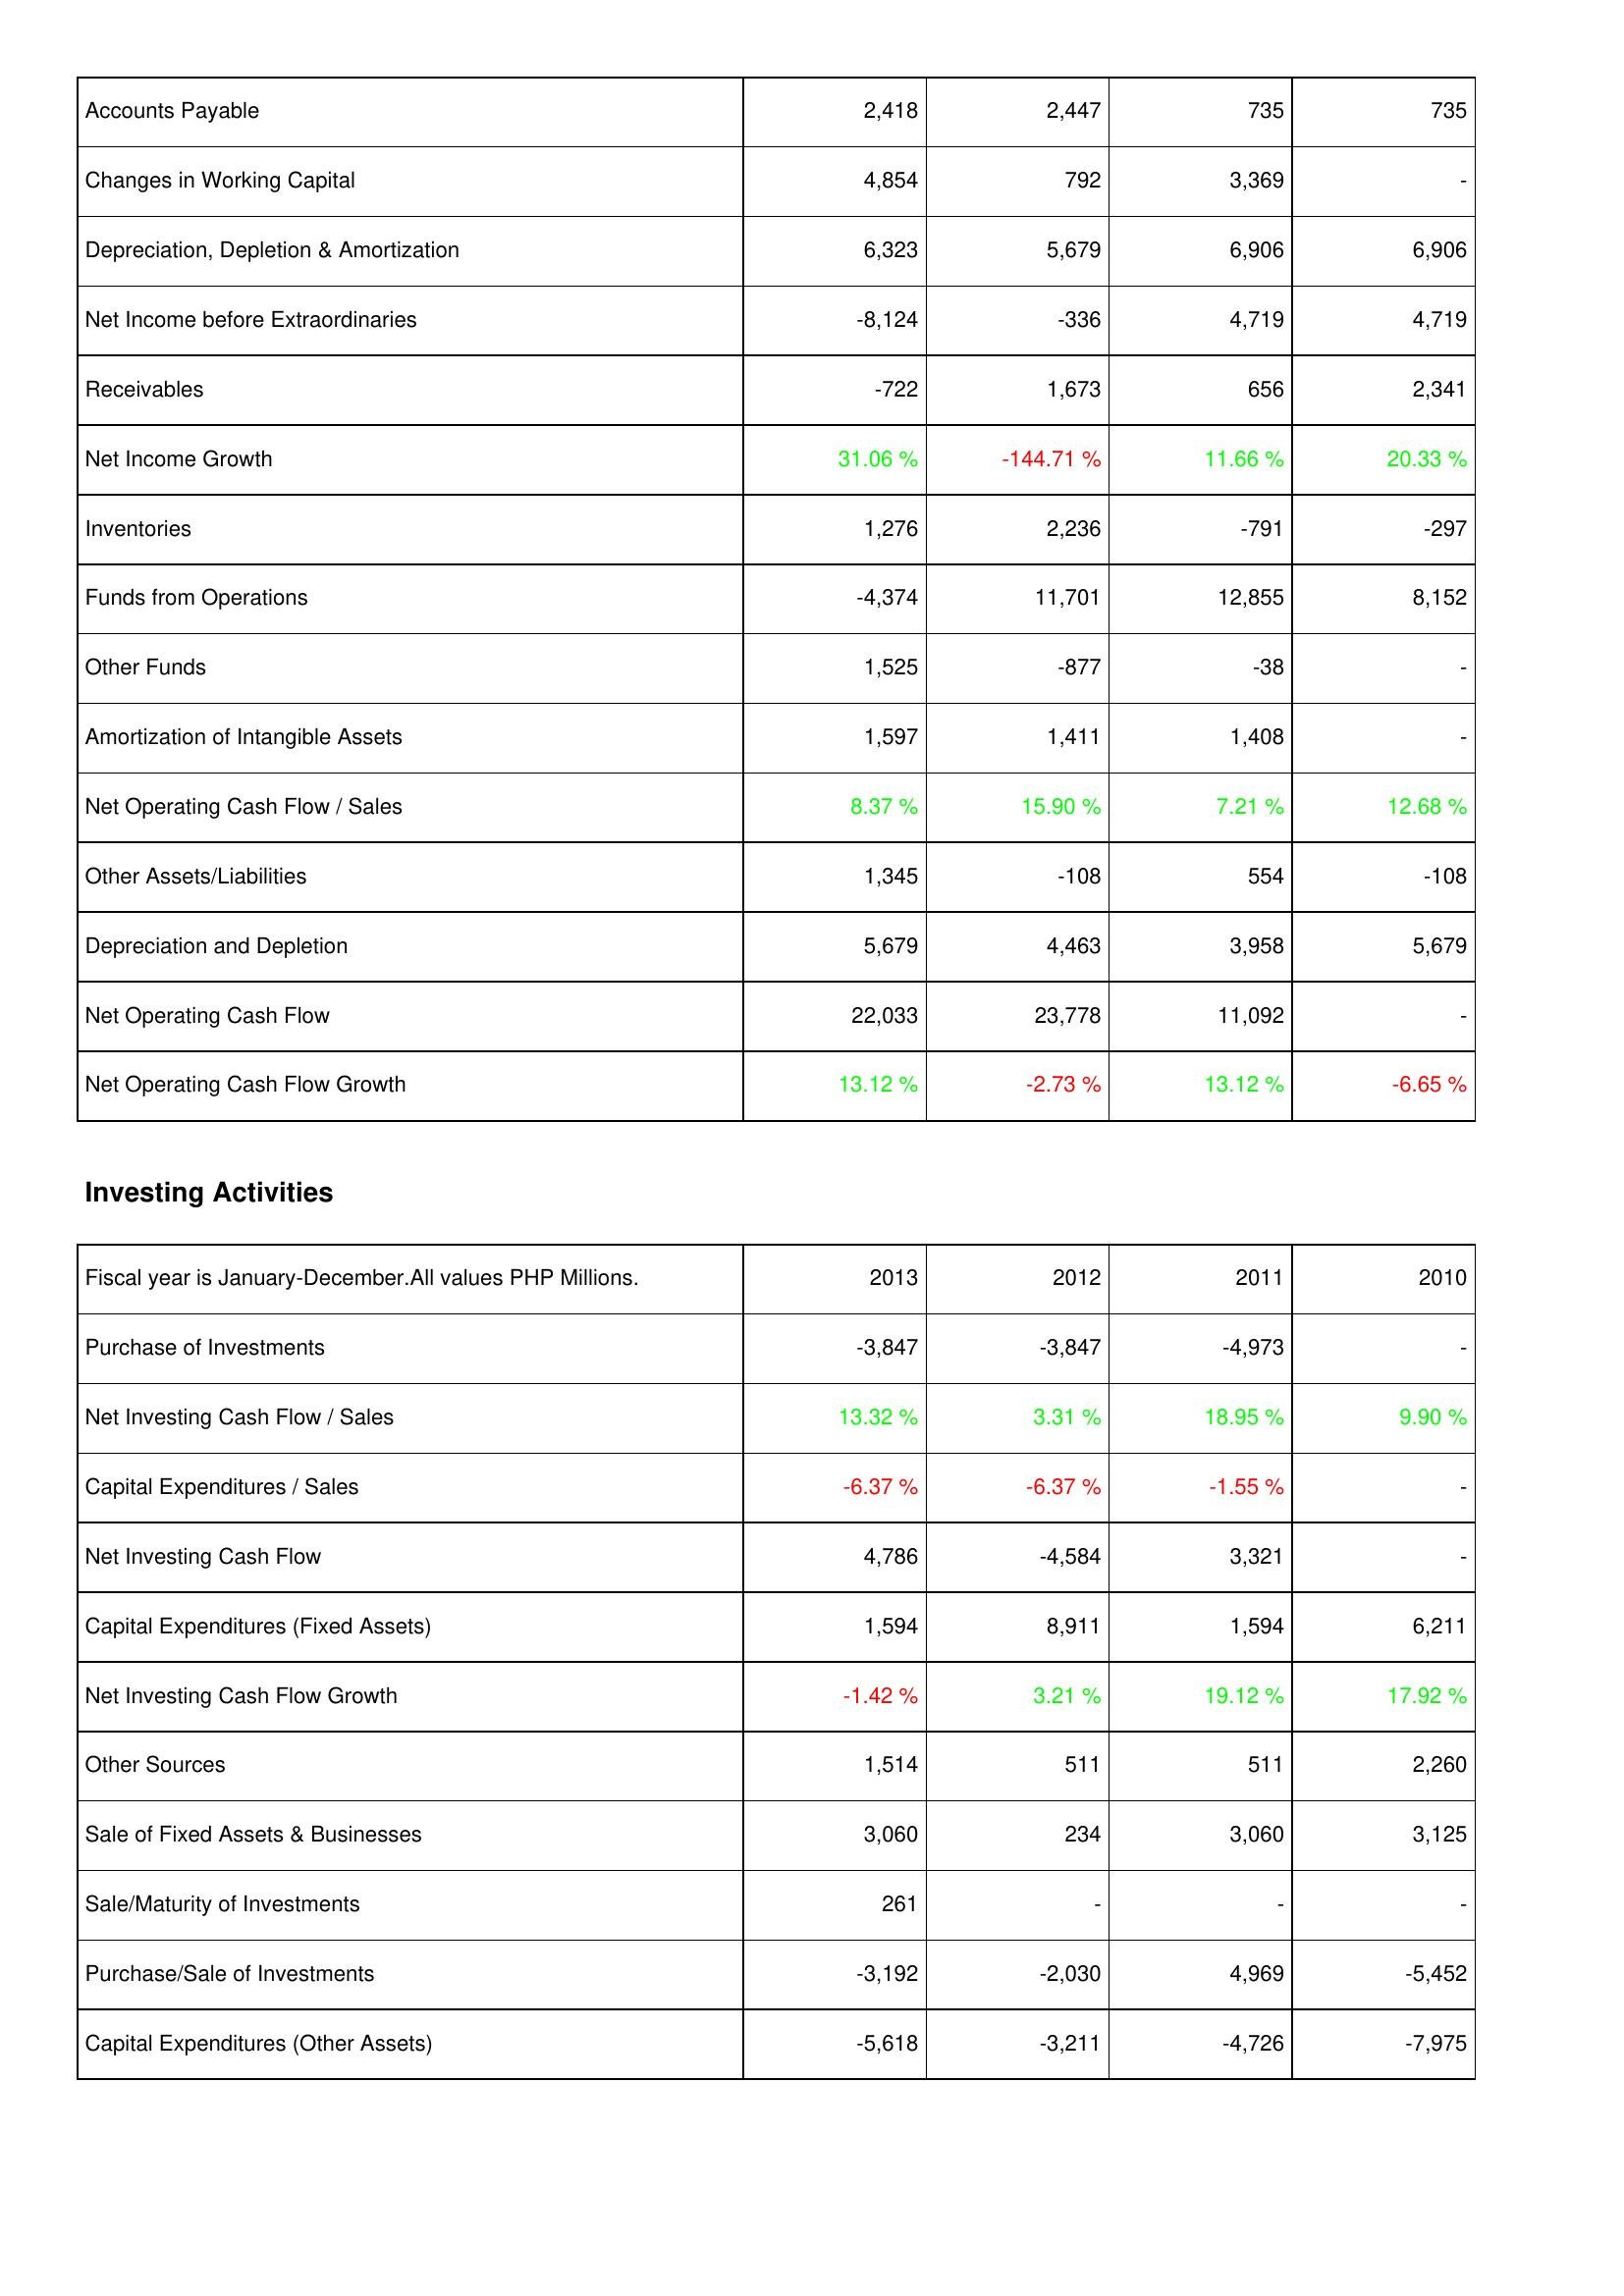
2013: Operating Activities: Accounts Payable: 2,418
Changes in Working Capital: 4,854
Depreciation, Depletion & Amortization: 6,323
Net Income before Extraordinaries: -8,124
Receivables: -722
Net Income Growth: 31.06 %
Inventories: 1,276
Funds from Operations: -4,374
Other Funds: 1,525
Amortization of Intangible Assets: 1,597
Net Operating Cash Flow / Sales: 8.37 %
Other Assets/Liabilities: 1,345
Depreciation and Depletion: 5,679
Net Operating Cash Flow: 22,033
Net Operating Cash Flow Growth: 13.12 %
Investing Activities: Purchase of Investments: -3,847
Net Investing Cash Flow / Sales: 13.32 %
Capital Expenditures / Sales: -6.37 %
Net Investing Cash Flow: 4,786
Capital Expenditures (Fixed Assets): 1,594
Net Investing Cash Flow Growth: -1.42 %
Other Sources: 1,514
Sale of Fixed Assets & Businesses: 3,060
Sale/Maturity of Investments: 261
Purchase/Sale of Investments: -3,192
Capital Expenditures (Other Assets): -5,618
2012: Operating Activities: Accounts Payable: 2,447
Changes in Working Capital: 792
Depreciation, Depletion & Amortization: 5,679
Net Income before Extraordinaries: -336
Receivables: 1,673
Net Income Growth: -144.71 %
Inventories: 2,236
Funds from Operations: 11,701
Other Funds: -877
Amortization of Intangible Assets: 1,411
Net Operating Cash Flow / Sales: 15.90 %
Other Assets/Liabilities: -108
Depreciation and Depletion: 4,463
Net Operating Cash Flow: 23,778
Net Operating Cash Flow Growth: -2.73 %
Investing Activities: Purchase of Investments: -3,847
Net Investing Cash Flow / Sales: 3.31 %
Capital Expenditures / Sales: -6.37 %
Net Investing Cash Flow: -4,584
Capital Expenditures (Fixed Assets): 8,911
Net Investing Cash Flow Growth: 3.21 %
Other Sources: 511
Sale of Fixed Assets & Businesses: 234
Sale/Maturity of Investments: -
Purchase/Sale of Investments: -2,030
Capital Expenditures (Other Assets): -3,211
2011: Operating Activities: Accounts Payable: 735
Changes in Working Capital: 3,369
Depreciation, Depletion & Amortization: 6,906
Net Income before Extraordinaries: 4,719
Receivables: 656
Net Income Growth: 11.66 %
Inventories: -791
Funds from Operations: 12,855
Other Funds: -38
Amortization of Intangible Assets: 1,408
Net Operating Cash Flow / Sales: 7.21 %
Other Assets/Liabilities: 554
Depreciation and Depletion: 3,958
Net Operating Cash Flow: 11,092
Net Operating Cash Flow Growth: 13.12 %
Investing Activities: Purchase of Investments: -4,973
Net Investing Cash Flow / Sales: 18.95 %
Capital Expenditures / Sales: -1.55 %
Net Investing Cash Flow: 3,321
Capital Expenditures (Fixed Assets): 1,594
Net Investing Cash Flow Growth: 19.12 %
Other Sources: 511
Sale of Fixed Assets & Businesses: 3,060
Sale/Maturity of Investments: -
Purchase/Sale of Investments: 4,969
Capital Expenditures (Other Assets): -4,726
2010: Operating Activities: Accounts Payable: 735
Changes in Working Capital: -
Depreciation, Depletion & Amortization: 6,906
Net Income before Extraordinaries: 4,719
Receivables: 2,341
Net Income Growth: 20.33 %
Inventories: -297
Funds from Operations: 8,152
Other Funds: -
Amortization of Intangible Assets: -
Net Operating Cash Flow / Sales: 12.68 %
Other Assets/Liabilities: -108
Depreciation and Depletion: 5,679
Net Operating Cash Flow: -
Net Operating Cash Flow Growth: -6.65 %
Investing Activities: Purchase of Investments: -
Net Investing Cash Flow / Sales: 9.90 %
Capital Expenditures / Sales: -
Net Investing Cash Flow: -
Capital Expenditures (Fixed Assets): 6,211
Net Investing Cash Flow Growth: 17.92 %
Other Sources: 2,260
Sale of Fixed Assets & Businesses: 3,125
Sale/Maturity of Investments: -
Purchase/Sale of Investments: -5,452
Capital Expenditures (Other Assets): -7,975